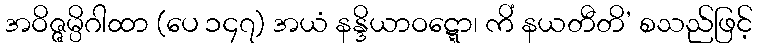
အဝိဇ္ဇမ္ပိဂါထာ (ပေ ၁၄၇) အယံ နန္ဒိယာဝဋ္ဋော၊ ကိံ နယတီတိ’ စသည်ဖြင့်